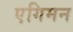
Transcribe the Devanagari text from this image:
एगिमन